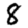
Digit: 8